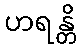
ဟရန္တိ